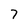
Character: 7